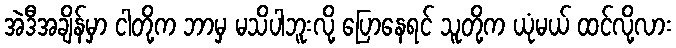
အဲဒီအချိန်မှာ ငါတို့က ဘာမှ မသိပါဘူးလို့ ပြောနေရင် သူတို့က ယုံမယ် ထင်လို့လား